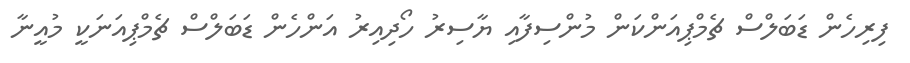
ފިރިހެން ޑަބަލްސް ޗެމްޕިއަންކަން މުންސިފާއި ޔާސިރު ހޯދިއިރު އަންހެން ޑަބަލްސް ޗެމްޕިއަނަކީ މުއީނާ